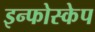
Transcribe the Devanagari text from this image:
इन्फोस्केप